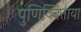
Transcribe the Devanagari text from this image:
पुणिञ्चित्ताया